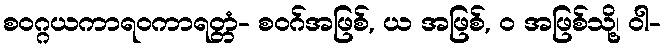
စဝဂ္ဂယကာရဝကာရတ္တံ- စဝဂ်အဖြစ်, ယ အဖြစ်, ဝ အဖြစ်သို့၊ ဝါ-